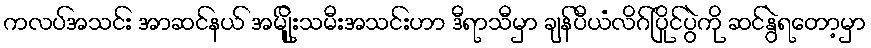
ကလပ်အသင်း အာဆင်နယ် အမျ်ိုးသမီးအသင်းဟာ ဒီရာသီမှာ ချန်ပီယံလိဂ်ပြိုင်ပွဲကို ဆင်နွဲရတော့မှာ